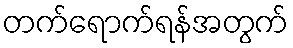
တက်ရောက်ရန်အတွက်